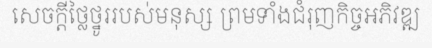
សេចក្តីថ្លៃថ្នូររបស់មនុស្ស ព្រមទាំងជំរុញកិច្ចអភិវឌ្ឍ